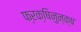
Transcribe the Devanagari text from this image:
फ्रक्षिनुन्क्ष